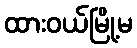
ထားဝယ်မြို့မ